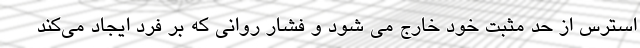
استرس از حد مثبت خود خارج می شود و فشار روانی که بر فرد ایجاد می‌کند